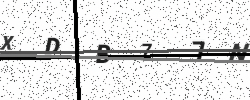
Text: XDB77N